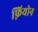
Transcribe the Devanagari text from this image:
फ़्रियोन